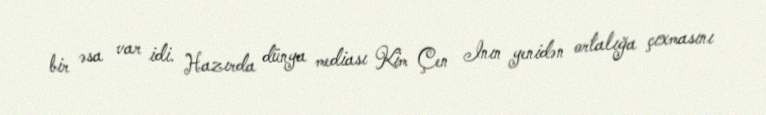
bir əsa var idi. Hazırda dünya mediası Kim Çen Inın yenidən ortalığa çıxmasını